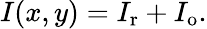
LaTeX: I(x,y)=I_{\mathrm{r}}+I_{\mathrm{o}}.